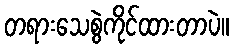
တရားသေစွဲကိုင်ထားတာပဲ။